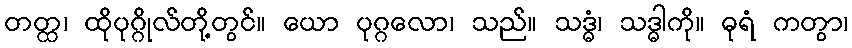
တတ္ထ၊ ထိုပုဂ္ဂိုလ်တို့တွင်။ ယော ပုဂ္ဂလော၊ သည်။ သဒ္ဓံ၊ သဒ္ဓါကို။ ဓုရံ ကတွာ၊